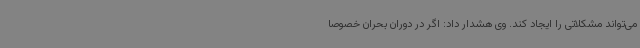
می‌تواند مشکلاتی را ایجاد کند. وی هشدار داد: اگر در دوران بحران خصوصا